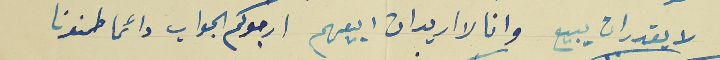
لا يقدر ان يبيع وانا لا اريد ان ابيعهم ارجوك الجواب دائما طمنونا